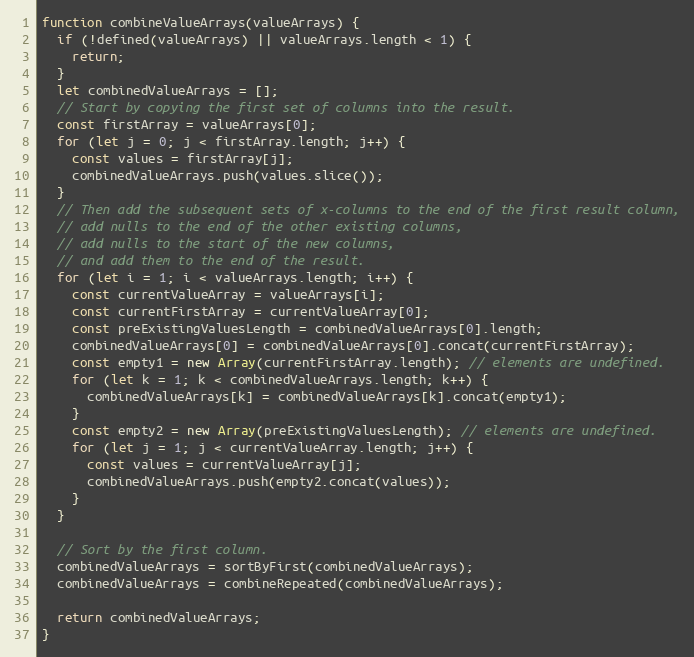
Language: JavaScript
function combineValueArrays(valueArrays) {
  if (!defined(valueArrays) || valueArrays.length < 1) {
    return;
  }
  let combinedValueArrays = [];
  // Start by copying the first set of columns into the result.
  const firstArray = valueArrays[0];
  for (let j = 0; j < firstArray.length; j++) {
    const values = firstArray[j];
    combinedValueArrays.push(values.slice());
  }
  // Then add the subsequent sets of x-columns to the end of the first result column,
  // add nulls to the end of the other existing columns,
  // add nulls to the start of the new columns,
  // and add them to the end of the result.
  for (let i = 1; i < valueArrays.length; i++) {
    const currentValueArray = valueArrays[i];
    const currentFirstArray = currentValueArray[0];
    const preExistingValuesLength = combinedValueArrays[0].length;
    combinedValueArrays[0] = combinedValueArrays[0].concat(currentFirstArray);
    const empty1 = new Array(currentFirstArray.length); // elements are undefined.
    for (let k = 1; k < combinedValueArrays.length; k++) {
      combinedValueArrays[k] = combinedValueArrays[k].concat(empty1);
    }
    const empty2 = new Array(preExistingValuesLength); // elements are undefined.
    for (let j = 1; j < currentValueArray.length; j++) {
      const values = currentValueArray[j];
      combinedValueArrays.push(empty2.concat(values));
    }
  }

  // Sort by the first column.
  combinedValueArrays = sortByFirst(combinedValueArrays);
  combinedValueArrays = combineRepeated(combinedValueArrays);

  return combinedValueArrays;
}